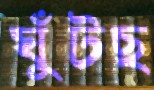
ঘুঁটছ